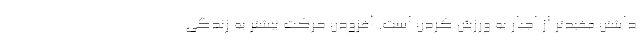
داشتن مفیدتر از اجبار به ورزش کردن است. افزودن حرکت بیشتر به زندگی